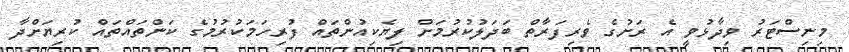
މިނިސްޓަރު ވިދާޅުވީ އެ ރަށުގެ ވެރިފަރާތް ބަދަލުކުރުމަށް ލިޔެކިއުންތައް ފުރިހަމަކުރުމުގެ ކަންތައްތައް ކުރިޔަށްދާ